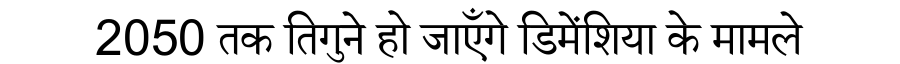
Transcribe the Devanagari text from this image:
2050 तक तिगुने हो जाएँगे डिमेंशिया के मामले